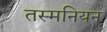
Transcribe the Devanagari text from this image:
तस्मनियन